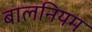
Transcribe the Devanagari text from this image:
बालनियम